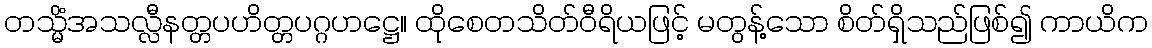
တသ္မိံအသလ္လီနတ္တပဟိတ္တပဂ္ဂဟဋ္ဌေ။ ထိုစေတသိတ်ဝီရိယဖြင့် မတွန့်သော စိတ်ရှိသည်ဖြစ်၍ ကာယိက